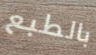
بالطبع